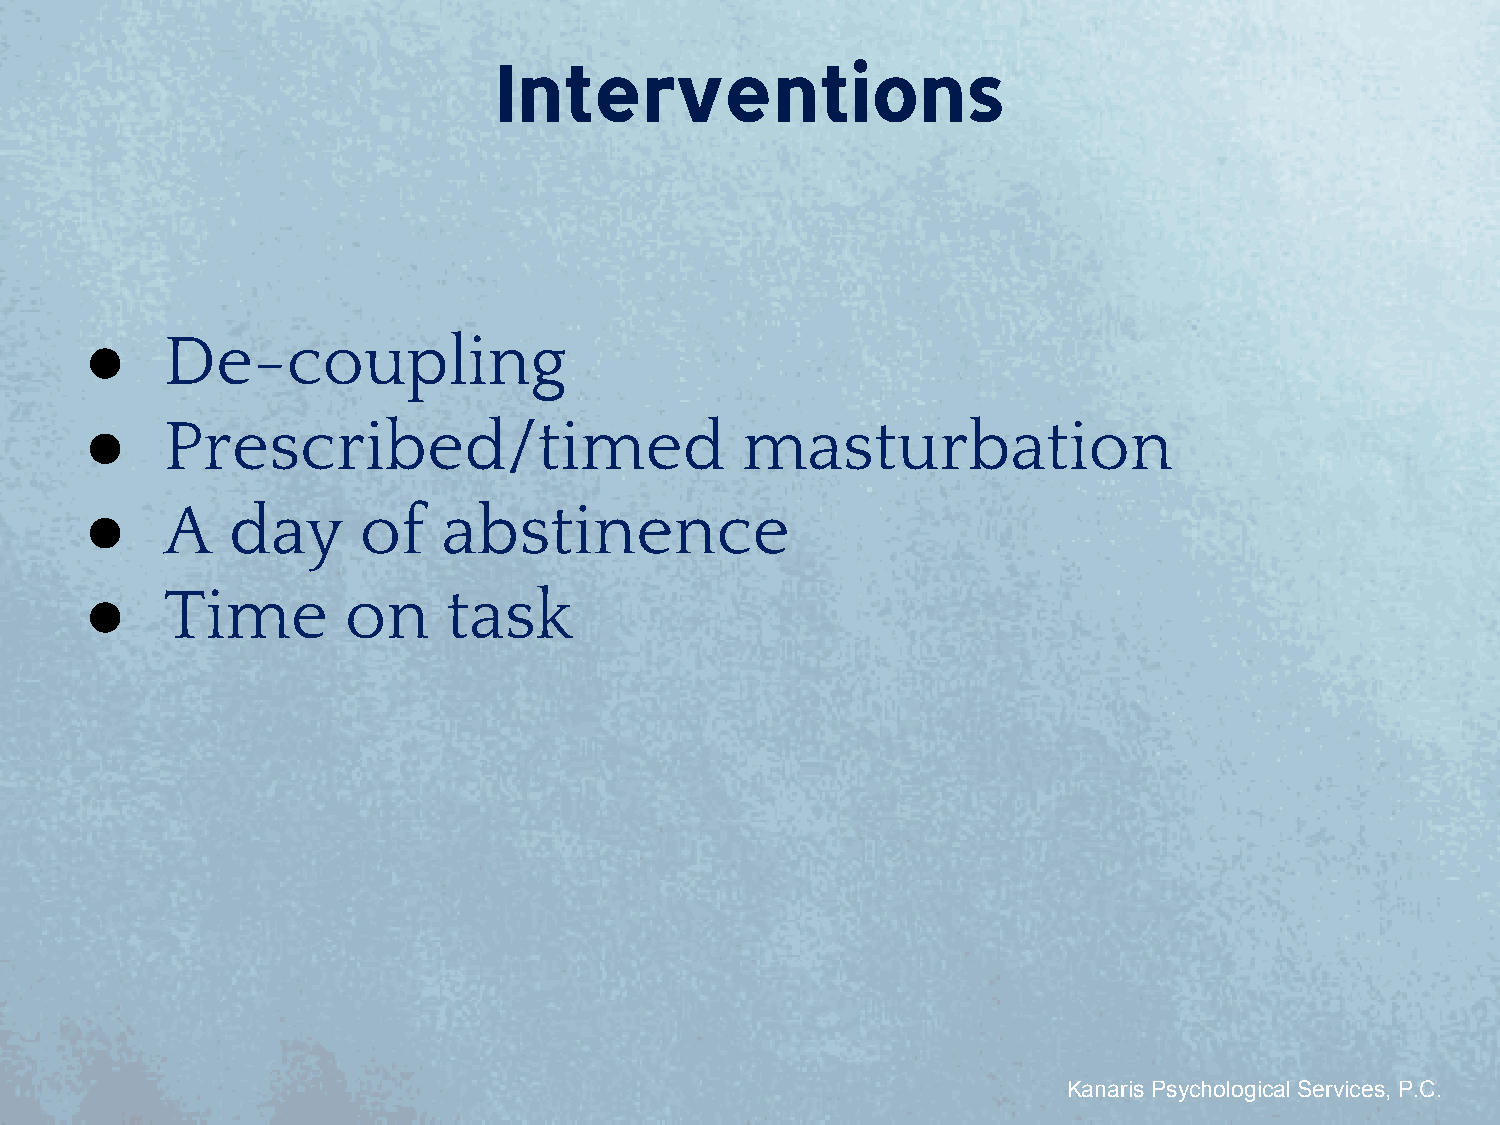
Interventions
 ●    De-coupling
 ●    Prescribed/timed                      masturbation
 ●    A   day      of   abstinence
 ●    Time        on     task
 Kanaris Psychological Services, P.C.